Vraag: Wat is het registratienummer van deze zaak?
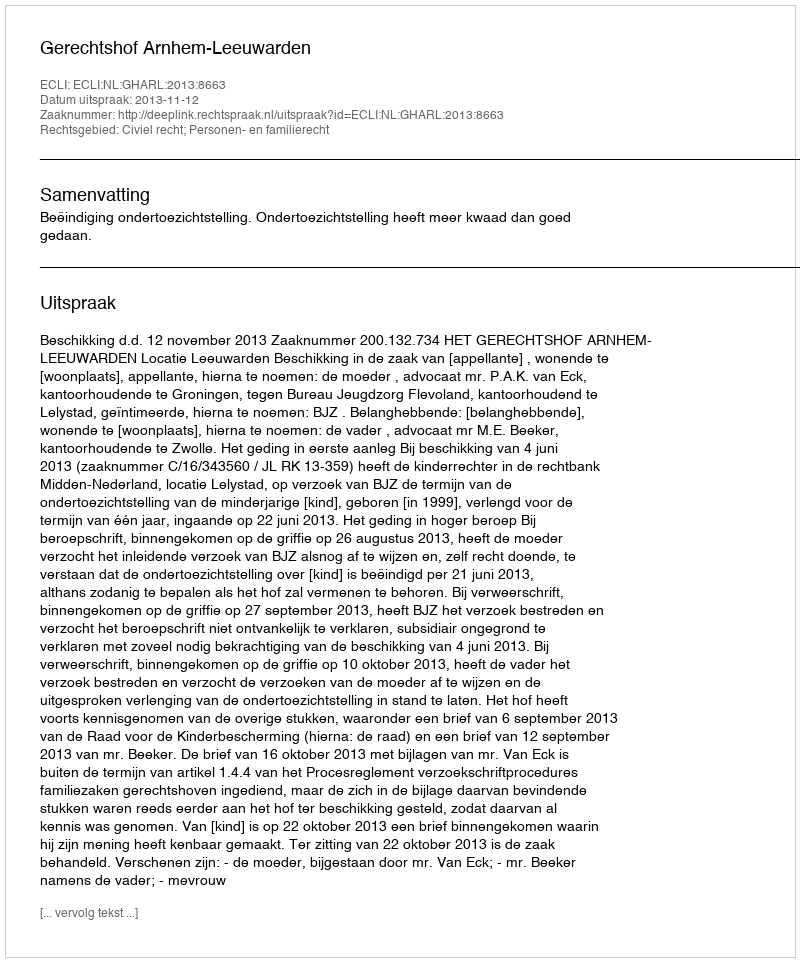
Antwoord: http://deeplink.rechtspraak.nl/uitspraak?id=ECLI:NL:GHARL:2013:8663